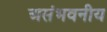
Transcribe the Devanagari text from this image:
असंभवनीय